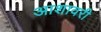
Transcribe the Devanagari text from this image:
आशावरी